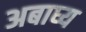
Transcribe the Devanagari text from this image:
अबाघ्य